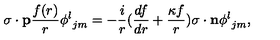
{ { \mathrm { \boldmath \sigma } } \cdot { \bf p } } { \frac { f ( r ) } { r } } { \phi ^ { l } } _ { j m } = - { \frac { i } { r } } ( { \frac { d f } { d r } } + { \frac { \kappa f } { r } } ) { { \mathrm { \boldmath \sigma } } \cdot { \bf n } } { \phi ^ { l } } _ { j m } ,